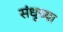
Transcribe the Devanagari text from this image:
संधूच्या